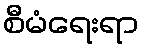
စီမံရေးရာ